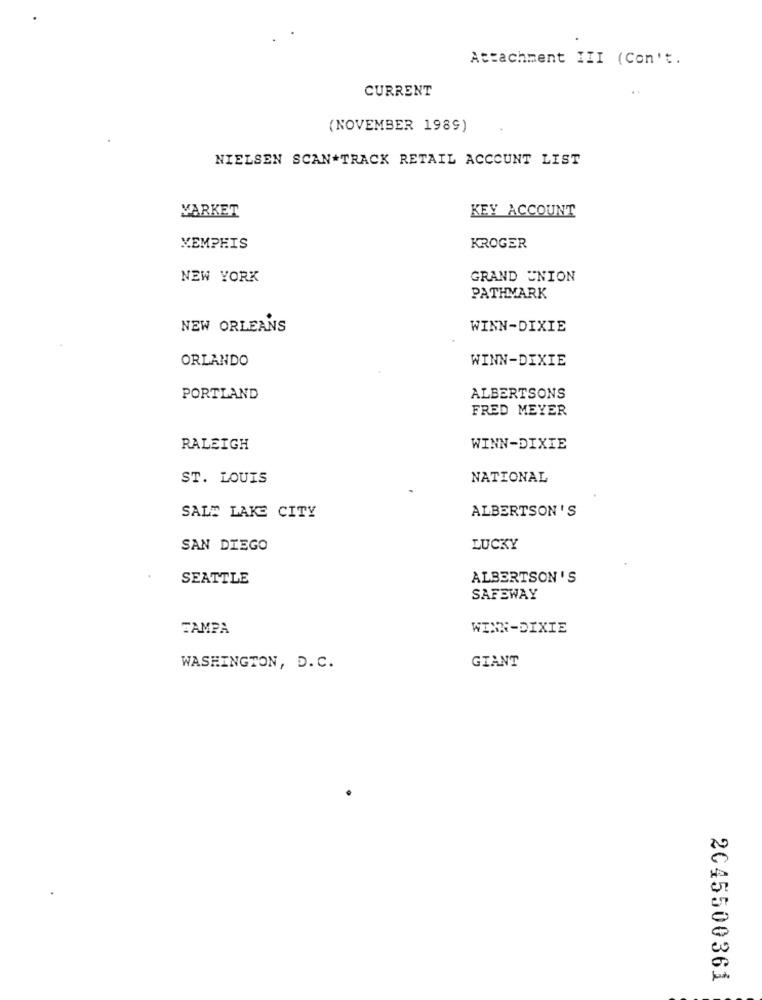
Attachment III (Con't.
CURRENT
(NOVEMBER 1989)
NIELSEN SCAN -TRACK RETAIL ACCOUNT LIST
MARKET
KEY ACCOUNT
MEMPHIS
KROGER
NEW YORK
GRAND UNION
PATHMARK
NEW ORLEANS
WINN-DIXIE
ORLANDO
WINN-DIXIE
PORTLAND
ALBERTSONS
FRED MEYER
RALEIGH
WINN-DIXIE
ST. LOUIS
NATIONAL
ALBERTSON'S
SALT LAKE CITY
SAN DIEGO
LUCKY
SEATTLE
ALBERTSON'S
SAFEWAY
TAMPA
WINN-DIXIE
GIANT
WASHINGTON, D. C.
2045500361